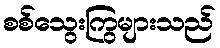
စစ်သွေးကြွများသည်